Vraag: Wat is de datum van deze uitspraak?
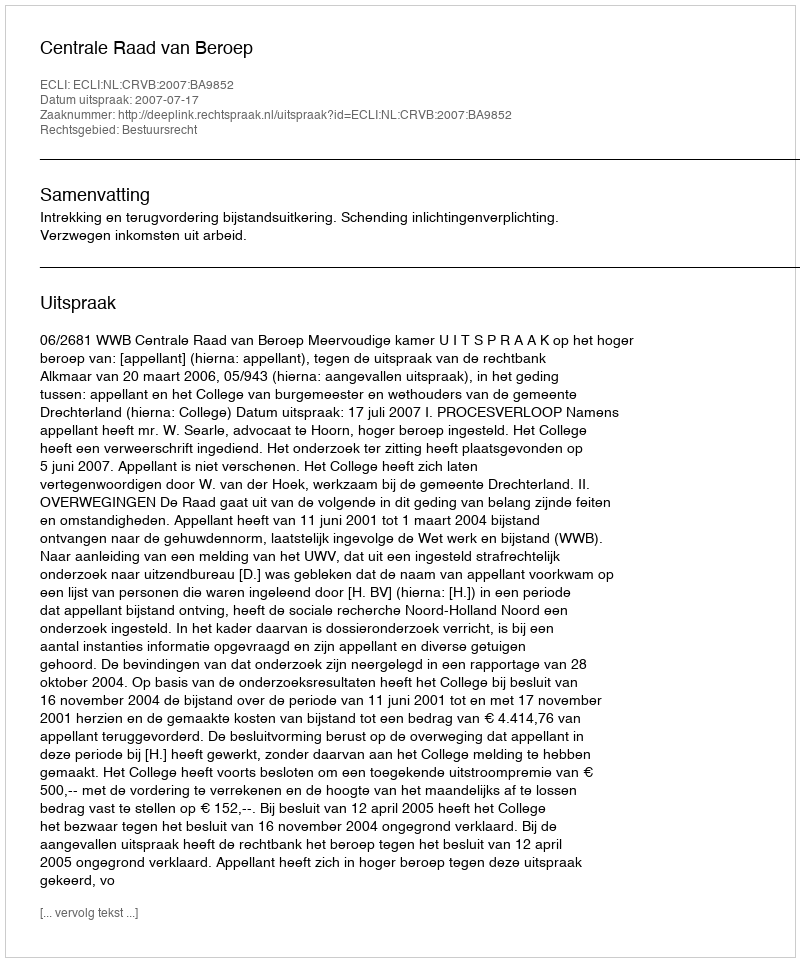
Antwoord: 2007-07-17